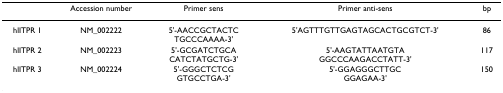
<table><thead><tr><td></td><td><b>Accession number</b></td><td><b>Primer sens</b></td><td><b>Primer anti-sens</b></td><td><b>bp</b></td></tr></thead><tbody><tr><td>hlITPR 1</td><td>NM_002222</td><td>5&#x27;-AACCGCTACTCTGCCCAAAA-3&#x27;</td><td>5&#x27;AGTTTGTTGAGTAGCACTGCGTCT-3&#x27;</td><td>86</td></tr><tr><td>hlITPR 2</td><td>NM_002223</td><td>5&#x27;-GCGATCTGCACATCTATGCTG-3&#x27;</td><td>5&#x27;-AAGTATTAATGTAGGCCCAAGACCTATT-3&#x27;</td><td>117</td></tr><tr><td>hlITPR 3</td><td>NM_002224</td><td>5&#x27;-GGGCTCTCGGTGCCTGA-3&#x27;</td><td>5&#x27;-GGAGGGCTTGCGGAGAA-3&#x27;</td><td>150</td></tr></tbody></table>